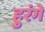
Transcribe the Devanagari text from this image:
हुरंगे